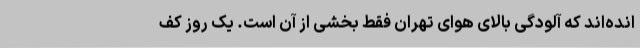
انده‌اند که آلودگی بالای هوای تهران فقط بخشی از آن است. یک روز کفِ